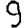
Digit: 9